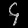
Digit: ၄